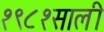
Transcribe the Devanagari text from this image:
१९८१साली